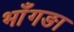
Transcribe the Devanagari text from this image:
भाँगङा